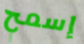
إسمح